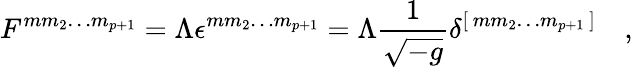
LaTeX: F^{mm_{2}\dots m_{p+1}}=\Lambda\epsilon^{mm_{2}\dots m_{p+1}}=\Lambda{\frac{1}{\sqrt{-g}}}\delta^{[\, mm_{2}\dots m_{p+1}\, ]}\quad,